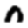
Digit: 0